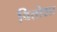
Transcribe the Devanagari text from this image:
वितोशा